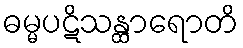
ဓမ္မပဋိသန္ထာရောတိ